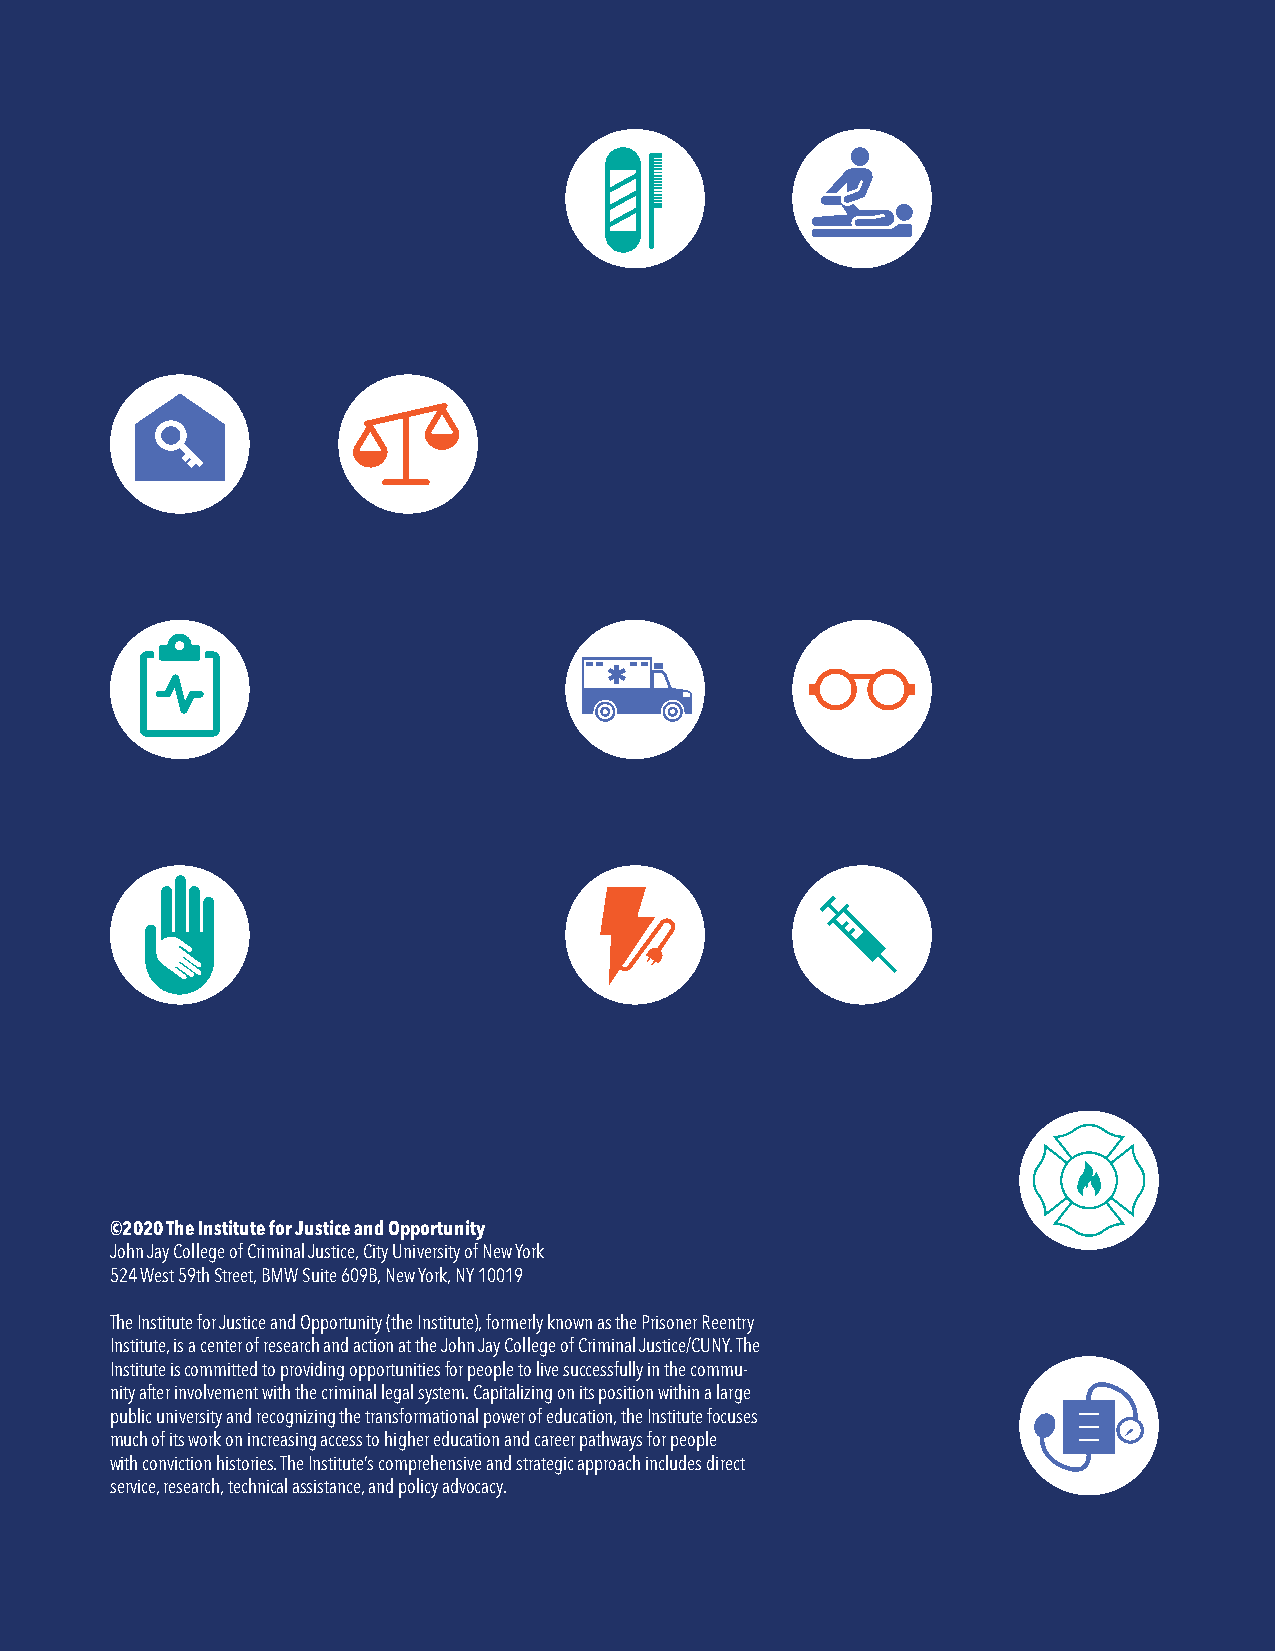
©2020 The Institute for Justice and Opportunity
 John Jay College of Criminal Justice, City University of New York
 524 West 59th Street, BMW Suite 609B, New York, NY 10019
 The Institute for Justice and Opportunity (the Institute), formerly known as the Prisoner Reentry
 Institute, is a center of research and action at the John Jay College of Criminal Justice/CUNY. The
 Institute is committed to providing opportunities for people to live successfully in the commu-
 nity after involvement with the criminal legal system. Capitalizing on its position within a large
 public university and recognizing the transformational power of education, the Institute focuses
 much of its work on increasing access to higher education and career pathways for people
 with conviction histories. The Institute’s comprehensive and strategic approach includes direct
 service, research, technical assistance, and policy advocacy.